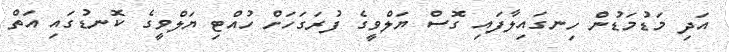
އަދި މަޑުމަޑުން ހިނގައިލާފައި ގޮސް ޔަލްވީގެ ފުރަގަހަށް ހުއްޓި ޔަލްވީގެ ކޮނޑުގައި އަތް